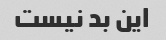
این بد نیست